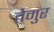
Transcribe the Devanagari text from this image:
तेमुर